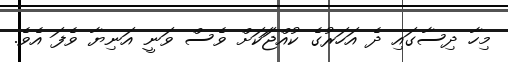
މިހާ ދިސާގައި ދެ އަހަރުގެ ކުއްޖަަކަށް ވެސް ވަނީ އަނިޔާ ވެފަ އެވެ.